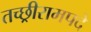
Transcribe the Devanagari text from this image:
तच्छ्रीरामपदे